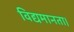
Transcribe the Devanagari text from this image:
विद्यमानता।